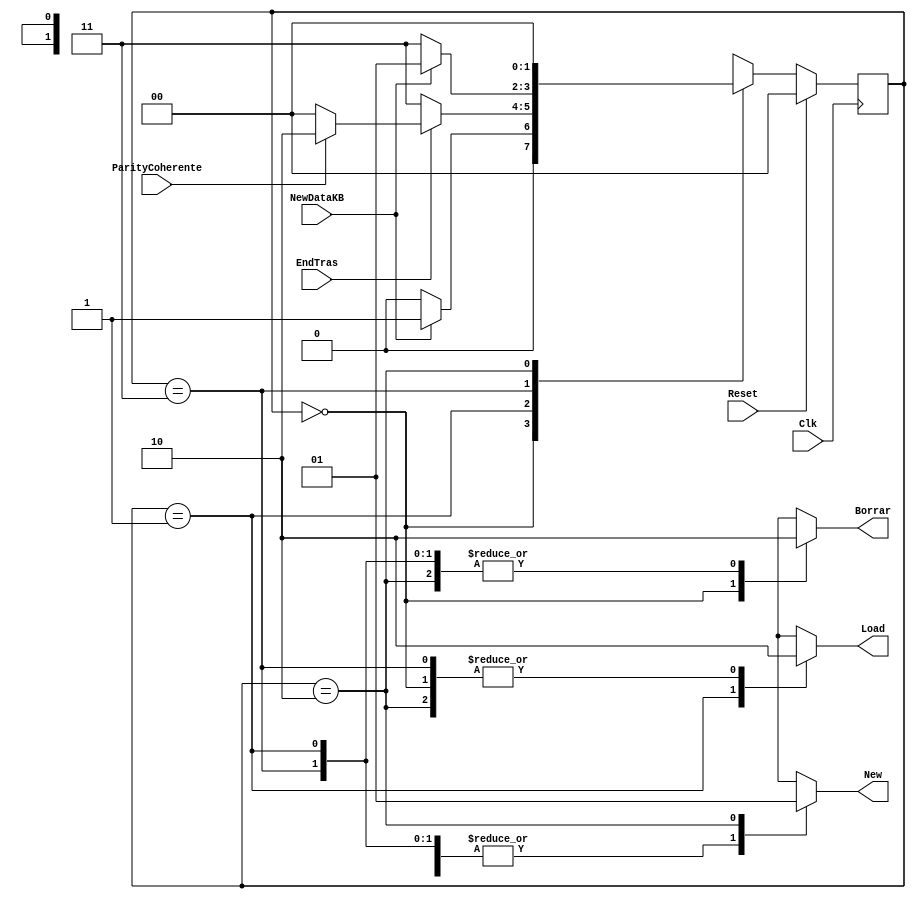
module ScanCodeControl(NewDataKB,Load, New , Borrar, EndTras, ParityCoherente, Clk , Reset);

input NewDataKB, EndTras, ParityCoherente, Clk, Reset;
output reg Load, New , Borrar;

 reg [1:0]state;
 parameter Sleep  = 3'h0;
 parameter Trasmitir  = 3'h1;
 parameter Wait  = 3'h3;
 parameter NewS  = 3'h2;


always @(negedge Clk) begin
	if (Reset)
		state = Sleep;
	else begin
		case(state)
		Sleep:begin
			if(NewDataKB) state=Trasmitir;
			else state=Sleep;
		end
		Trasmitir:begin
			if(EndTras) begin
				if(ParityCoherente)state=NewS;
				else state=Sleep;
			end
			else state=Wait ;
		end
		Wait:begin
			if(NewDataKB) state=Trasmitir;
			else state=Wait;
		end
		NewS: state=Sleep;
		default: state = Sleep ;
		endcase
	end
end
always @(state) begin
  case(state)
    Sleep :begin
		Load=0;
		Borrar=1;
		New=0;
		end
    Wait :begin
		Load=0;
		Borrar=0;
		New=0;
		end
    Trasmitir:begin
		Load=1;
		Borrar=0;
		New=0;
		end
    NewS:begin
		Load=0;
		Borrar=0;
		New=1;
		end
    default:
      begin
		Load=0;
		Borrar=1;
		New=0;
       end
  endcase
end

endmodule